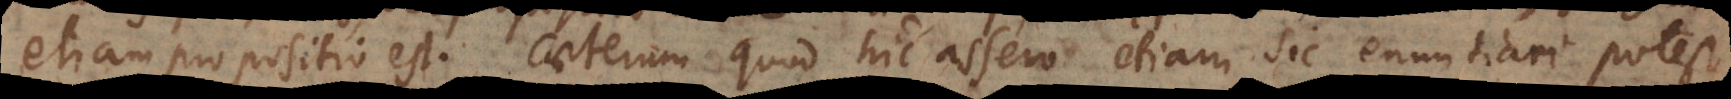
etiam propositio est. Caeterum quod hic assero etiam sic enuntiari potest,